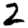
Digit: 2